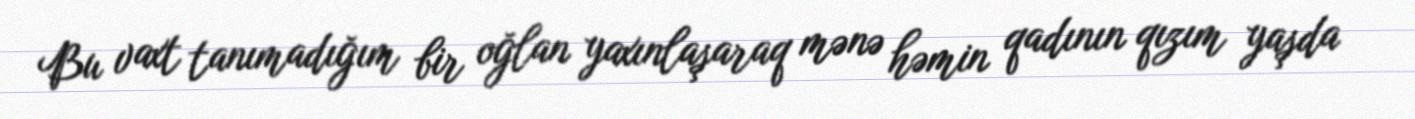
Bu vaxt tanımadığım bir oğlan yaxınlaşaraq mənə həmin qadının qızım yaşda